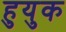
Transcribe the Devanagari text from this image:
हुयुक